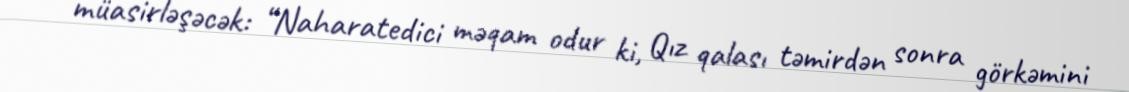
müasirləşəcək: “Naharatedici məqam odur ki, Qız qalası təmirdən sonra görkəmini